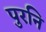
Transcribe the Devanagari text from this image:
पुरनि